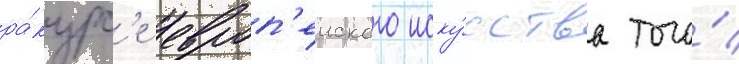
ра́курс'е европ'еиского иску́сства того́